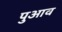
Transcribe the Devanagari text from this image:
पुआव